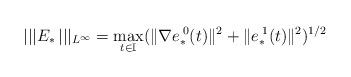
LaTeX: \begin{align*}||| E_\ast\, |||_{L^\infty} = \max_{t \in \mathbb{I}}( \| \nabla e^{\;0}_\ast(t) \|^2 + \| e^{\;1}_\ast(t) \|^2 )^{1/2}\end{align*}